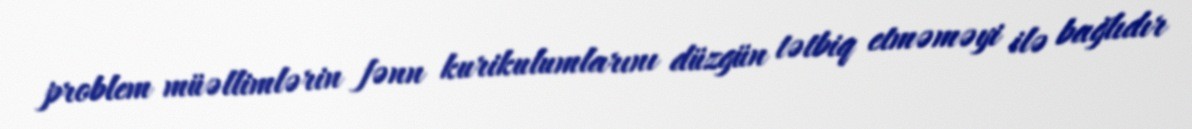
problem müəllimlərin fənn kurikulumlarını düzgün tətbiq etməməyi ilə bağlıdır